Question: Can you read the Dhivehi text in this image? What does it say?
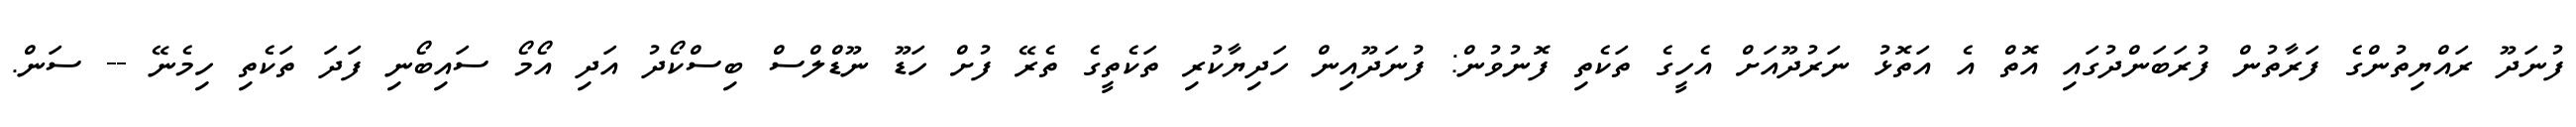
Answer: ފުނަދޫ ރައްޔިތުންގެ ފަރާތުން ފުރަބަންދުގައި އޮތް އެ އަތޮޅު ނަރުދޫއަށް އެހީގެ ތަކެތި ފޮނުވުން: ފުނަދޫއިން ހަދިޔާކުރި ތަކެތީގެ ތެރޭ ފުށް ހަޑޫ ނޫޑްލްސް ބިސްކޯދު އަދި އޯމޯ ސައިބޯނި ފަދަ ތަކެތި ހިމެނޭ -- ސަން.